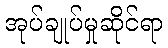
အုပ်ချုပ်မှုဆိုင်ရာ